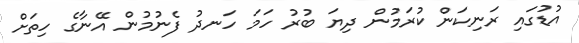
އުޑުގައި ރަނިކަން ކުރަމުން ދިޔަ ބުރު ހަމަ ހަނދު ފެނުމުން އޭނާގެ ހިތަށް